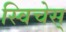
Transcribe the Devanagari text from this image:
स्विचेस्